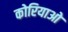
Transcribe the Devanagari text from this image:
कोरियाओ